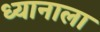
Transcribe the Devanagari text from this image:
ध्यानाला